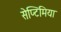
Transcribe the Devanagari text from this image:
सेप्टिमिया